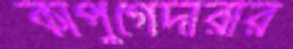
কাপুগেদারার